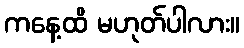
ကနေ့ထိ မဟုတ်ပါလား။